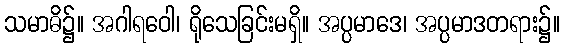
သမာဓိ၌။ အဂါရဝေါ၊ ရိုသေခြင်းမရှိ။ အပ္ပမာဒေ၊ အပ္ပမာဒတရား၌။